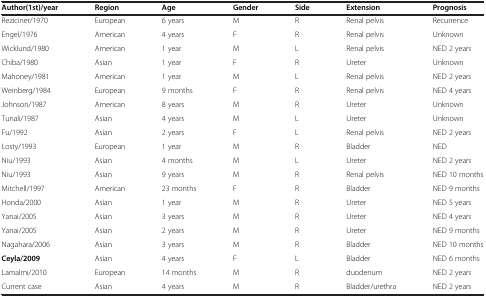
<table><thead><tr><td><b>Author(1st)/year</b></td><td><b>Region</b></td><td><b>Age</b></td><td><b>Gender</b></td><td><b>Side</b></td><td><b>Extension</b></td><td><b>Prognosis</b></td></tr></thead><tbody><tr><td>Reziciner/1970</td><td>European</td><td>6 years</td><td>M</td><td>R</td><td>Renal pelvis</td><td>Recurrence</td></tr><tr><td>Engel/1976</td><td>American</td><td>4 years</td><td>F</td><td>R</td><td>Renal pelvis</td><td>Unknown</td></tr><tr><td>Wicklund/1980</td><td>American</td><td>1 year</td><td>M</td><td>L</td><td>Renal pelvis</td><td>NED 2 years</td></tr><tr><td>Chiba/1980</td><td>Asian</td><td>1 year</td><td>F</td><td>R</td><td>Ureter</td><td>Unknown</td></tr><tr><td>Mahoney/1981</td><td>American</td><td>1 year</td><td>M</td><td>L</td><td>Renal pelvis</td><td>NED 2 years</td></tr><tr><td>Weinberg/1984</td><td>European</td><td>9 months</td><td>F</td><td>R</td><td>Renal pelvis</td><td>NED 4 years</td></tr><tr><td>Johnson/1987</td><td>American</td><td>8 years</td><td>M</td><td>R</td><td>Ureter</td><td>Unknown</td></tr><tr><td>Tunali/1987</td><td>Asian</td><td>4 years</td><td>M</td><td>L</td><td>Ureter</td><td>Unknown</td></tr><tr><td>Fu/1992</td><td>Asian</td><td>2 years</td><td>F</td><td>L</td><td>Renal pelvis</td><td>NED 2 years</td></tr><tr><td>Losty/1993</td><td>European</td><td>1 year</td><td>M</td><td>R</td><td>Bladder</td><td>NED</td></tr><tr><td>Niu/1993</td><td>Asian</td><td>4 months</td><td>M</td><td>L</td><td>Ureter</td><td>NED 2 years</td></tr><tr><td>Niu/1993</td><td>Asian</td><td>9 years</td><td>M</td><td>R</td><td>Renal pelvis</td><td>NED 10 months</td></tr><tr><td>Mitchell/1997</td><td>American</td><td>23 months</td><td>F</td><td>R</td><td>Bladder</td><td>NED 9 months</td></tr><tr><td>Honda/2000</td><td>Asian</td><td>1 year</td><td>M</td><td>R</td><td>Ureter</td><td>NED 5 years</td></tr><tr><td>Yanai/2005</td><td>Asian</td><td>3 years</td><td>M</td><td>R</td><td>Ureter</td><td>NED 4 years</td></tr><tr><td>Yanai/2005</td><td>Asian</td><td>2 years</td><td>M</td><td>R</td><td>Ureter</td><td>NED 9 months</td></tr><tr><td>Nagahara/2006</td><td>Asian</td><td>3 years</td><td>M</td><td>R</td><td>Bladder</td><td>NED 10 months</td></tr><tr><td><b>Ceyla/2009</b></td><td>Asian</td><td>4 years</td><td>F</td><td>L</td><td>Bladder</td><td>NED 6 months</td></tr><tr><td>Lamalmi/2010</td><td>European</td><td>14 months</td><td>M</td><td>R</td><td>duodenum</td><td>NED 2 years</td></tr><tr><td>Current case</td><td>Asian</td><td>4 years</td><td>M</td><td>R</td><td>Bladder/urethra</td><td>NED 2 years</td></tr></tbody></table>